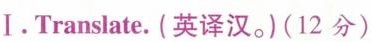
I.Translate.(译汉。)(12分)